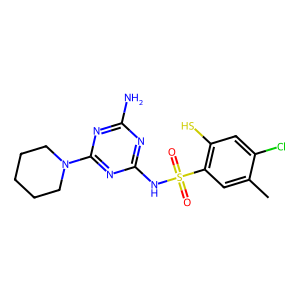
SMILES: Cc1cc(S(=O)(=O)Nc2nc(N)nc(N3CCCCC3)n2)c(S)cc1Cl
Inhibits HIV replication: No